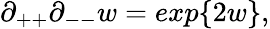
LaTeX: \partial_{++}\partial_{--}w=exp\{ 2w\} ,